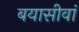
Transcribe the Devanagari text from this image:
बयासीवां